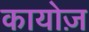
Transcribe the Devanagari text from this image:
कायोज़